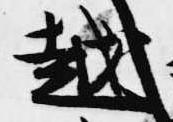
越